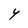
Character: Y